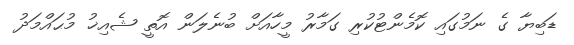
ޑަބިޔާ ގެ ނަމުގައި ކޮމެންޓުކުރި ގަމާރު މީހާއަށް ބުނެލަން އޮތީ ޝެއިޚު މުޙައްމަދު